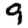
Digit: 9